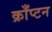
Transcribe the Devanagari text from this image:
क्राँप्टन